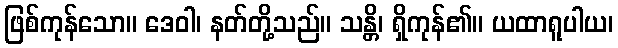
ဖြစ်ကုန်သော။ ဒေဝါ၊ နတ်တို့သည်။ သန္တိ၊ ရှိကုန်၏။ ယထာရူပါယ၊